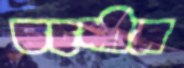
তহশীল